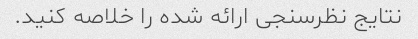
نتایج نظرسنجی ارائه شده را خلاصه کنید.